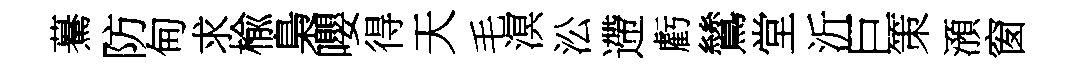
驀防甸求楡梟嚶得天毛溟㳂遰虧鷥堂沂巨策澦窗